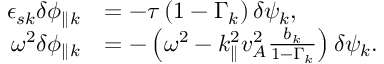
\begin{array} { r l } { \epsilon _ { s { k } } \delta \phi _ { \parallel { k } } } & { = - \tau \left( 1 - \Gamma _ { k } \right) \delta \psi _ { k } , } \\ { \omega ^ { 2 } \delta \phi _ { \parallel { k } } } & { = - \left( \omega ^ { 2 } - k _ { \parallel } ^ { 2 } v _ { A } ^ { 2 } \frac { b _ { k } } { 1 - \Gamma _ { k } } \right) \delta \psi _ { k } . } \end{array}